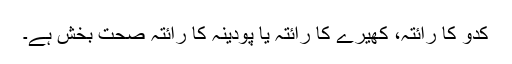
کدو کا رائتہ، کھیرے کا رائتہ یا پودینہ کا رائتہ صحت بخش ہے۔